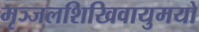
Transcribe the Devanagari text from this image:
मृञ्जलशिखिवायुमयो